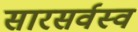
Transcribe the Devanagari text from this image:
सारसर्वस्व